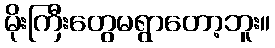
မိုးကြီးတွေမရွာတော့ဘူး။